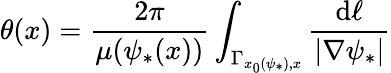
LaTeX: \theta(x)=\frac{2\pi}{\mu(\psi_{*}(x))}\int_{\Gamma_{x_{0}(\psi_{*}),x}}\frac{\mathrm{d}\ell}{|\nabla\psi_{*}|}